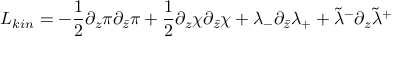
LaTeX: { \cal L } _ { k i n } = - { \frac { 1 } { 2 } } \partial _ { z } \pi \partial _ { \bar { z } } \pi + { \frac { 1 } { 2 } } \partial _ { z } \chi \partial _ { \bar { z } } \chi + \lambda _ { - } \partial _ { \bar { z } } \lambda _ { + } + \tilde { \lambda } ^ { - } \partial _ { z } \tilde { \lambda } ^ { + }